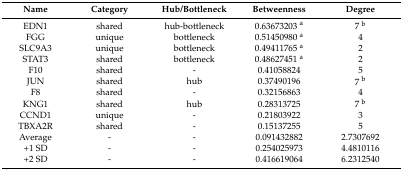
<table><thead><tr><td><b>Name</b></td><td><b>Category</b></td><td><b>Hub/Bottleneck</b></td><td><b>Betweenness</b></td><td><b>Degree</b></td></tr></thead><tbody><tr><td>EDN1</td><td>shared</td><td>hub-bottleneck</td><td>0.63673203 <sup>a</sup></td><td>7 <sup>b</sup></td></tr><tr><td>FGG</td><td>unique</td><td>bottleneck</td><td>0.51450980 <sup>a</sup></td><td>4</td></tr><tr><td>SLC9A3</td><td>unique</td><td>bottleneck</td><td>0.49411765 <sup>a</sup></td><td>2</td></tr><tr><td>STAT3</td><td>shared</td><td>bottleneck</td><td>0.48627451 <sup>a</sup></td><td>2</td></tr><tr><td>F10</td><td>shared</td><td>-</td><td>0.41058824</td><td>5</td></tr><tr><td>JUN</td><td>shared</td><td>hub</td><td>0.37490196</td><td>7 <sup>b</sup></td></tr><tr><td>F8</td><td>shared</td><td>-</td><td>0.32156863</td><td>4</td></tr><tr><td>KNG1</td><td>shared</td><td>hub</td><td>0.28313725</td><td>7 <sup>b</sup></td></tr><tr><td>CCND1</td><td>unique</td><td>-</td><td>0.21803922</td><td>3</td></tr><tr><td>TBXA2R</td><td>shared</td><td>-</td><td>0.15137255</td><td>5</td></tr><tr><td>Average</td><td>-</td><td>-</td><td>0.091432882</td><td>2.7307692</td></tr><tr><td>+1 SD</td><td>-</td><td>-</td><td>0.254025973</td><td>4.4810116</td></tr><tr><td>+2 SD</td><td>-</td><td>-</td><td>0.416619064</td><td>6.2312540</td></tr></tbody></table>